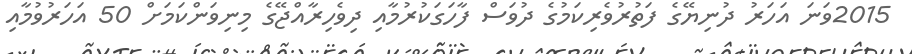
2015ވަނަ އަހަރު ދުނިޔޭގެ ފަތުރުވެރިކަމުގެ ދުވަސް ފާހަގަކުރުމާއި ދިވެހިރާއްޖޭގެ މިނިވަންކަމަށް 50 އަހަރުވުމާއި